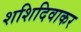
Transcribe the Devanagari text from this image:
शशिदिवाकर